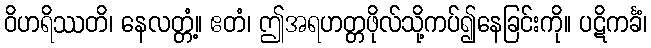
ဝိဟရိဿတိ၊ နေလတ္တံ့။ ဧတံ၊ ဤအရဟတ္တဖိုလ်သို့ကပ်၍နေခြင်းကို။ ပဋိကင်္ခံ၊